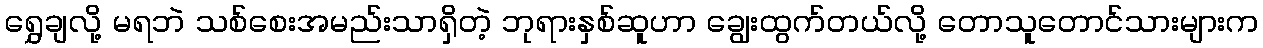
ရွှေချလို့ မရဘဲ သစ်စေးအမည်းသာရှိတဲ့ ဘုရားနှစ်ဆူဟာ ချွေးထွက်တယ်လို့ တောသူတောင်သားများက